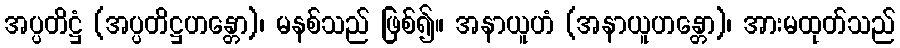
အပ္ပတိဋ္ဌံ (အပ္ပတိဋ္ဌဟန္တော)၊ မနစ်သည် ဖြစ်၍။ အနာယူဟံ (အနာယူဟန္တော)၊ အားမထုတ်သည်